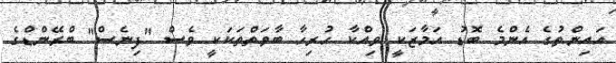
އައިންތުގެ އެންމެ ބޮޑު އަމާޒަކީ ވިއްކާ ހުރިހާ ބާވަތްތަކަކީ ވެސް "ފިނެސް" ބްރޭންޑްގެ